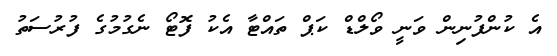
އެ ކުންފުނިން ވަނީ ވޯލްޑް ކަޕް ތައްޓާ އެކު ފޮޓޯ ނެގުމުގެ ފުރުސަތު